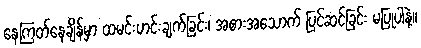
နေကြတ်နေချိန်မှာ ထမင်းဟင်းချက်ခြင်း၊ အစားအသောက် ပြင်ဆင်ခြင်း မပြုပါနဲ့။